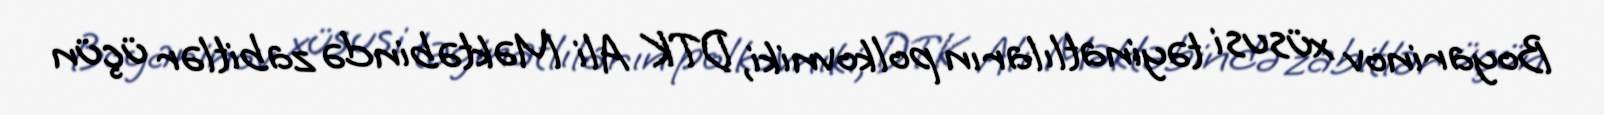
Boyarinov xüsusi təyinatlıların polkovniki, DTK Ali Məktəbində zabitlər üçün